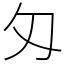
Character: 匁